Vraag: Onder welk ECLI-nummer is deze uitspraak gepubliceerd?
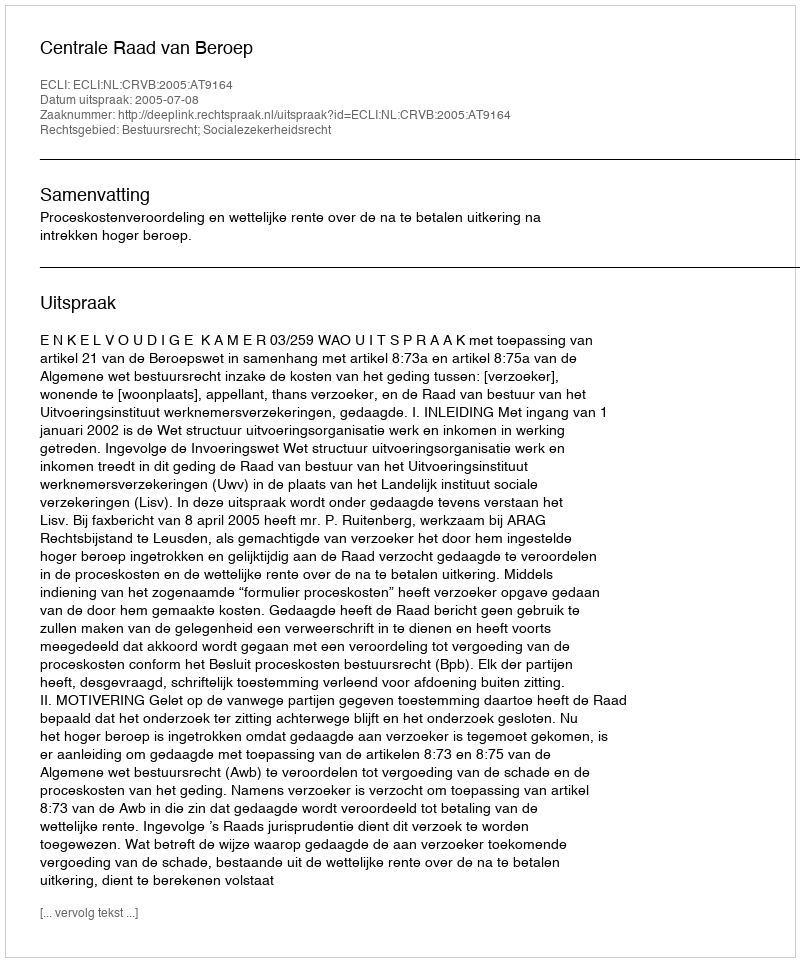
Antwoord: ECLI:NL:CRVB:2005:AT9164